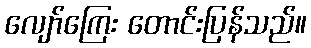
လျော်ကြေး တောင်းပြန်သည်။